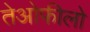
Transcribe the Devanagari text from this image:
तेओफीलो